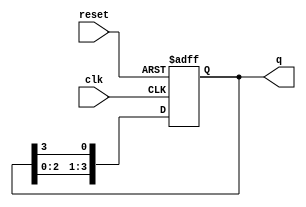
module binary_ring_counter #(
    parameter N = 4  // Number of flip-flops (states)
)(
    input wire clk,      // Clock signal
    input wire reset,    // Reset signal
    output reg [N-1:0] q // Output of the counter
);

    // Initialization of the counter
    always @(posedge clk or posedge reset) begin
        if (reset) begin
            q <= 1'b1; // Initialize to 0001 for N=4
        end else begin
            // Shift the '1' to the right (rotate)
            q <= {q[N-2:0], q[N-1]}; // Rotate right
        end
    end

endmodule